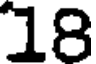
18